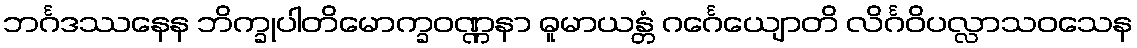
ဘင်္ဂဒဿနေန ဘိက္ခုပါတိမောက္ခဝဏ္ဏနာ ဓူမာယန္တံ ဂင်္ဂေယျောတိ လိင်္ဂဝိပလ္လာသဝသေန